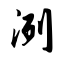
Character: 洌